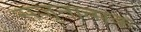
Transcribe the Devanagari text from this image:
सजृनात्मक